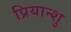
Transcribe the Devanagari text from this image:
प्रियान्शु